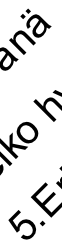
5 o ä